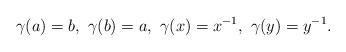
LaTeX: \begin{align*}\gamma(a)=b, \ \gamma(b)=a, \ \gamma(x)=x^{-1}, \ \gamma(y)=y^{-1}.\end{align*}